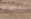
القطب